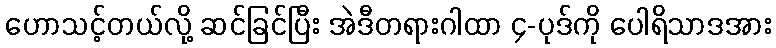
ဟောသင့်တယ်လို့ ဆင်ခြင်ပြီး အဲဒီတရားဂါထာ ၄-ပုဒ်ကို ပေါရိသာဒအား